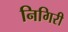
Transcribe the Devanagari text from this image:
निगिरी